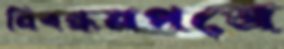
নিবন্ধনপত্রে